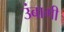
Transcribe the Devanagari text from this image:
उंबागी